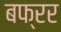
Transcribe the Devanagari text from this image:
बफ्रर